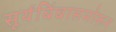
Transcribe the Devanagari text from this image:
सूर्यबिंबासमोरून